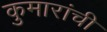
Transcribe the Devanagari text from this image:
कुमारांची